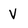
Character: V